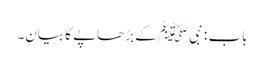
باب : نبیﷺ کے بڑھاپے کا بیان۔